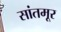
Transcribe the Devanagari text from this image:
सांतमूर